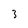
Character: 3